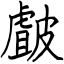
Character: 皻